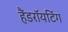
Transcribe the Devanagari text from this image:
हैंडराॅयटिंग